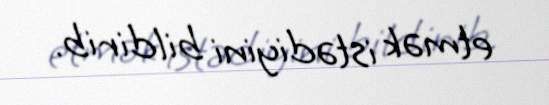
etmək istədiyini bildirib.